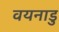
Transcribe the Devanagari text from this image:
वयनाडु